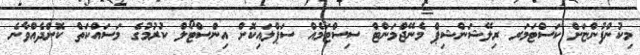
މިކުންފުންޏަށް ކަސްޓަމަރ ރިލޭޝަންޝިޕް މެނޭޖްމަންޓް ސިސްޓަމެއް ސަޕްލައިކޮށް އިންސްޓޯލް ކުރުމުގެ މަސައްކަތް ކޮށްދެއްވާނެ